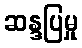
ဆန္ဒပြမှု